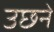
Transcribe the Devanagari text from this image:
उछने